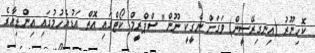
ކޮހިނޫރު (އިނގިރޭސީން) ވަގަށް ނެގީކީ ނޫން" ސްޕްރީމް ކޯޓްގައި އޮތް އަޑުއެހުމުގައި އިންޑިއާގެ